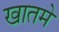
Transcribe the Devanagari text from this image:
खातमे